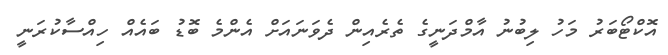
އޮކްޓޯބަރު މަހު ލިބުނު އާމްދަނީގެ ތެރެއިން ދެވަނައަށް އެންމެ ބޮޑު ބައެއް ހިއްސާކުރަނީ